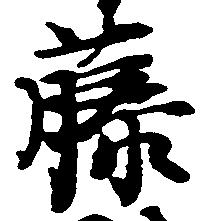
藤